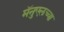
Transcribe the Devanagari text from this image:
मॅनुएलच्या